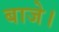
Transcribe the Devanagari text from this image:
बाजे।